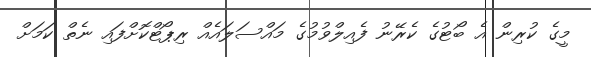
މީގެ ކުރިން އެ ބޯޓުގެ ކެރޭނު ފެއިލްވުމުގެ މައްސަލައެއް ރިޕޯޓްކޮށްފައި ނެތް ކަމަށް